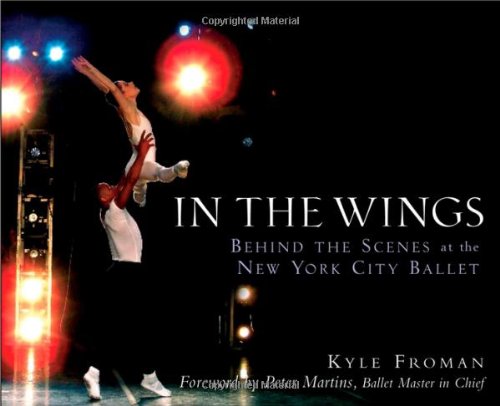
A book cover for In the Wings: Behind the Scenes at the New York City Ballet; Kyle Froman; Arts & Photography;